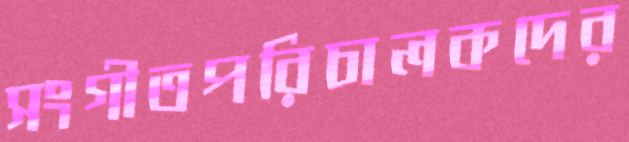
সংগীতপরিচালকদের